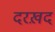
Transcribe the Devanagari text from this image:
दरख़द